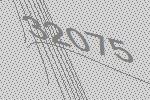
32075